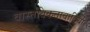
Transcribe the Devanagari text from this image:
वास्तविकतावादियों